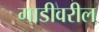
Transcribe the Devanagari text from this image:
गाडीवरील